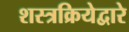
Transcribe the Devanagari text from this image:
शस्त्रक्रियेद्वारे